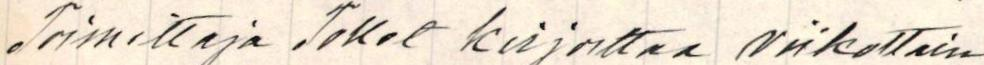
Toimittaja Tollet kirjoittaa viikoittain